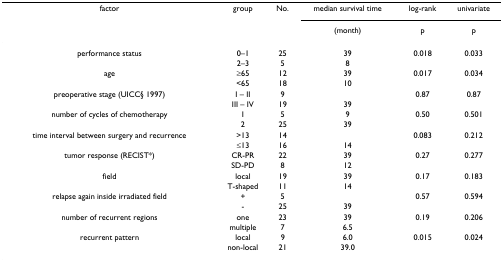
<table><thead><tr><td><b>factor</b></td><td><b>group</b></td><td><b>No.</b></td><td><b>median survival time</b></td><td><b>log-rank</b></td><td><b>univariate</b></td></tr><tr><td></td><td></td><td></td><td><b>(month)</b></td><td><b>p</b></td><td><b>p</b></td></tr></thead><tbody><tr><td>performance status</td><td>0–1</td><td>25</td><td>39</td><td>0.018</td><td>0.033</td></tr><tr><td></td><td>2–3</td><td>5</td><td>8</td><td></td><td></td></tr><tr><td>age</td><td>≥65</td><td>12</td><td>39</td><td>0.017</td><td>0.034</td></tr><tr><td></td><td>&lt;65</td><td>18</td><td>10</td><td></td><td></td></tr><tr><td>preoperative stage (UICC§ 1997)</td><td>I – II</td><td>9</td><td></td><td>0.87</td><td>0.87</td></tr><tr><td></td><td>III – IV</td><td>19</td><td>39</td><td></td><td></td></tr><tr><td>number of cycles of chemotherapy</td><td>1</td><td>5</td><td>9</td><td>0.50</td><td>0.501</td></tr><tr><td></td><td>2</td><td>25</td><td>39</td><td></td><td></td></tr><tr><td>time interval between surgery and recurrence</td><td>&gt;13</td><td>14</td><td></td><td>0.083</td><td>0.212</td></tr><tr><td></td><td>≤13</td><td>16</td><td>14</td><td></td><td></td></tr><tr><td>tumor response (RECIST*)</td><td>CR-PR</td><td>22</td><td>39</td><td>0.27</td><td>0.277</td></tr><tr><td></td><td>SD-PD</td><td>8</td><td>12</td><td></td><td></td></tr><tr><td>field</td><td>local</td><td>19</td><td>39</td><td>0.17</td><td>0.183</td></tr><tr><td></td><td>T-shaped</td><td>11</td><td>14</td><td></td><td></td></tr><tr><td>relapse again inside irradiated field</td><td>+</td><td>5</td><td></td><td>0.57</td><td>0.594</td></tr><tr><td></td><td>-</td><td>25</td><td>39</td><td></td><td></td></tr><tr><td>number of recurrent regions</td><td>one</td><td>23</td><td>39</td><td>0.19</td><td>0.206</td></tr><tr><td></td><td>multiple</td><td>7</td><td>6.5</td><td></td><td></td></tr><tr><td>recurrent pattern</td><td>local</td><td>9</td><td>6.0</td><td>0.015</td><td>0.024</td></tr><tr><td></td><td>non-local</td><td>21</td><td>39.0</td><td></td><td></td></tr></tbody></table>